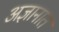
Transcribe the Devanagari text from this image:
अज्ञानात